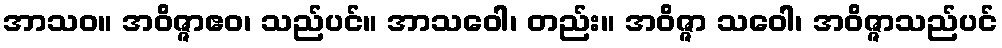
အာသဝ။ အဝိဇ္ဇာဧဝ၊ သည်ပင်။ အာသဝေါ၊ တည်း။ အဝိဇ္ဇာ သဝေါ၊ အဝိဇ္ဇာသည်ပင်